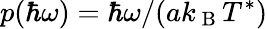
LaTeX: p(\hbar\omega)=\hbar\omega/(ak_{\mathrm{~B~}}T^{*})